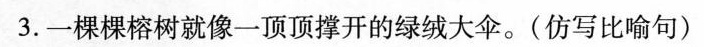
3.一棵棵榕树就像一顶顶撑开的绿绒大伞。(仿写比喻句)